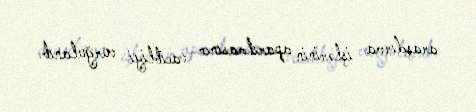
araşdırma işlərinin aparılmasının vacibliyi vurğulanıb.